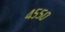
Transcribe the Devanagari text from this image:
४५५०